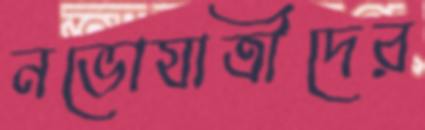
নভোযাত্রীদের